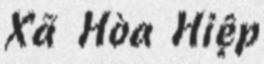
Xã Hòa Hiệp